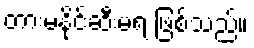
တားမနိုင်ဆီးမရ ဖြစ်သည်။